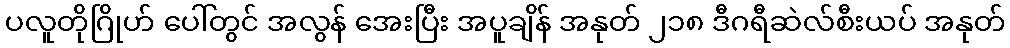
ပလူတိုဂြိုဟ် ပေါ်တွင် အလွန် အေးပြီး အပူချိန် အနုတ် ၂၁၈ ဒီဂရီဆဲလ်စီးယပ် အနုတ်